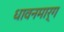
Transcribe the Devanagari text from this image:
धावनमार्ग